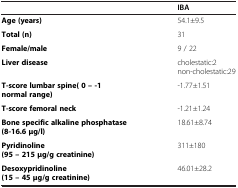
<table><thead><tr><td><b> </b></td><td><b>IBA</b></td></tr></thead><tbody><tr><td><b>Age (years)</b></td><td>54.1±9.5</td></tr><tr><td><b>Total (n)</b></td><td>31</td></tr><tr><td><b>Female/male</b></td><td>9 / 22</td></tr><tr><td><b>Liver disease</b></td><td>cholestatic:2non-cholestatic:29</td></tr><tr><td><b>T-score lumbar spine</b><b>( 0 – -1 normal range)</b></td><td>-1.77±1.51</td></tr><tr><td><b>T-score femoral neck</b></td><td>-1.21±1.24</td></tr><tr><td><b>Bone specific alkaline phosphatase (8-16.6 μg/l)</b></td><td>18.61±8.74</td></tr><tr><td><b>Pyridinoline</b><b>(95 – 215 μg/g creatinine)</b></td><td>311±180</td></tr><tr><td><b>Desoxypridinoline (15 – 45 μg/g creatinine)</b></td><td>46.01±28.2</td></tr></tbody></table>